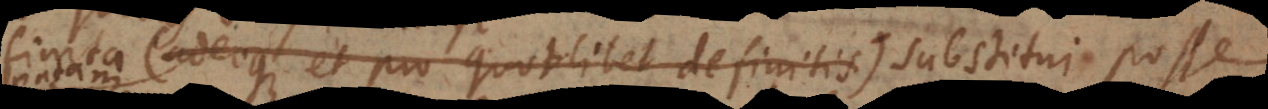
que et pro quotlibet definitis) substitui posse